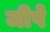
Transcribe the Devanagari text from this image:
जीपे